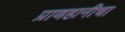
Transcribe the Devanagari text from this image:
प्राणहानीचा